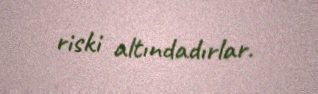
riski altındadırlar.